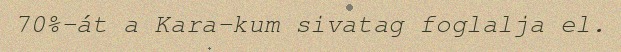
70%-át a Kara-kum sivatag foglalja el.